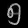
Digit: ၅